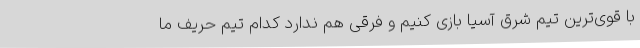
با قوی‌ترین تیم شرق آسیا بازی کنیم و فرقی هم ندارد کدام تیم حریف ما